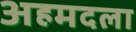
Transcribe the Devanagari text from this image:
अहमदला